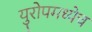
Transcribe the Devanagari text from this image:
युरोपमध्येच